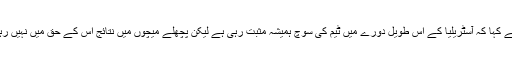
دھونی نے کہا کہ آسٹریلیا کے اس طویل دورے میں ٹیم کی سوچ ہمیشہ مثبت رہی ہے لیکن پچھلے میچوں میں نتائج اس کے حق میں نہیں رہے تھے۔